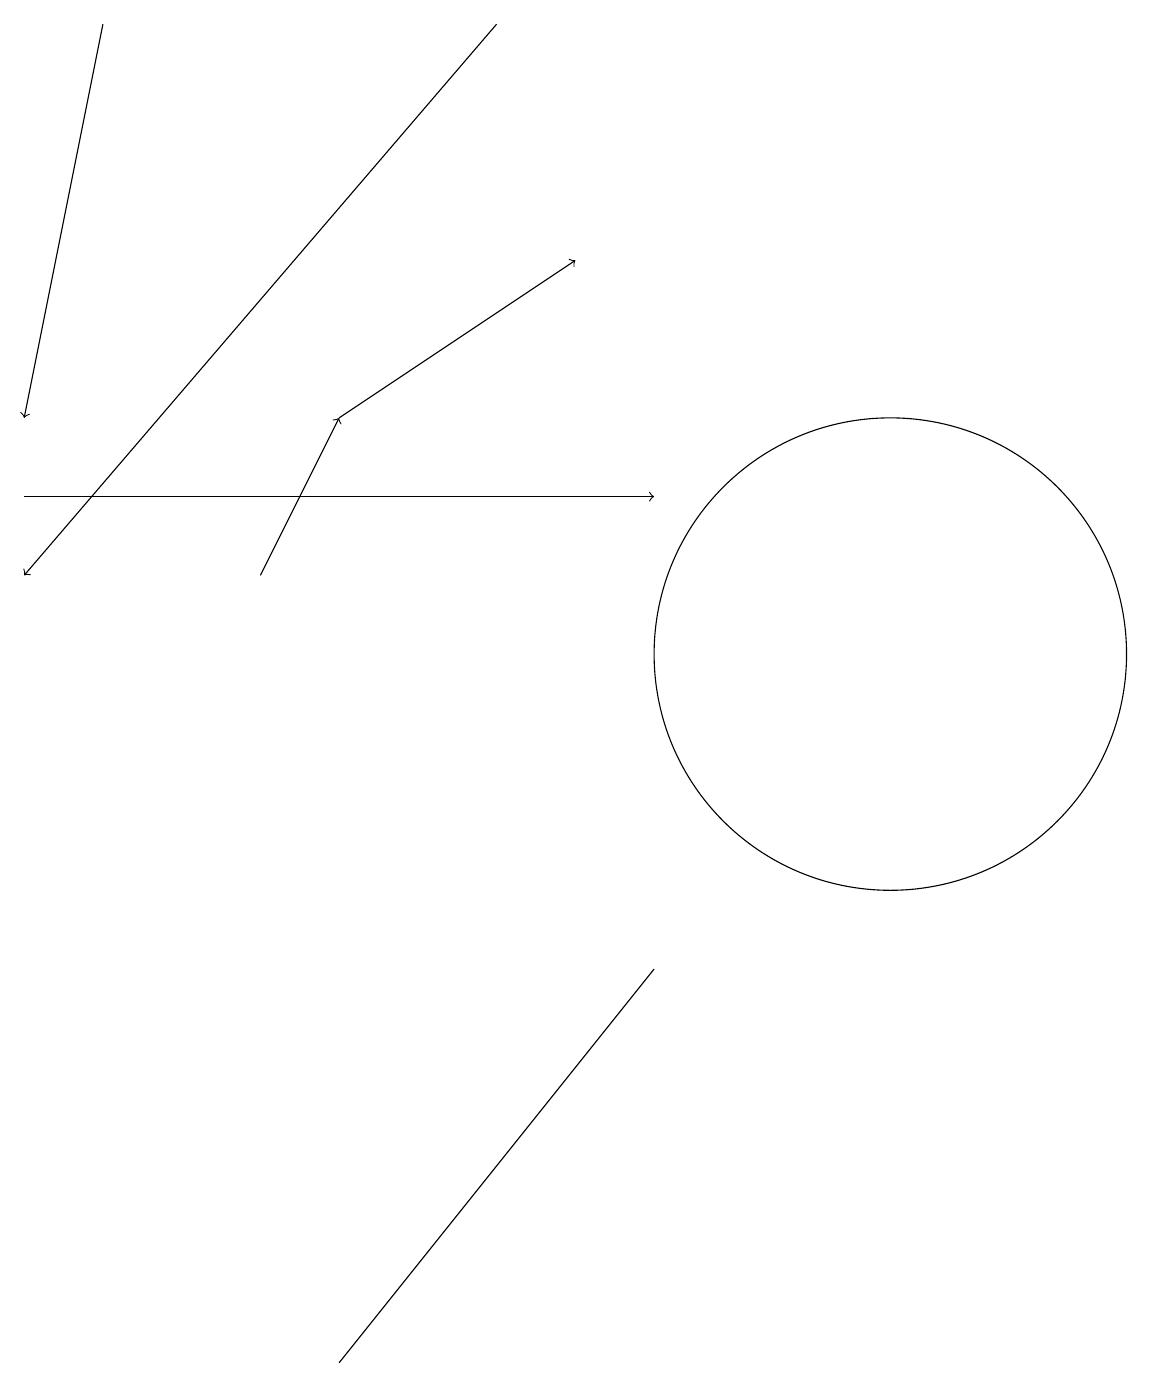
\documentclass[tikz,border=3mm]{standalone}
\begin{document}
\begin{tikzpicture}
\draw (12,11) circle (3);
\draw[->] (1,13) -- (9,13);
\draw[->] (2,19) -- (1,14);
\draw (5,2) -- (5,2) -- (9,7) -- cycle;
\draw[->] (4,12) -- (5,14);
\draw[->] (7,19) -- (1,12);
\draw[->] (5,14) -- (8,16);
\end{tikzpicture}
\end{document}